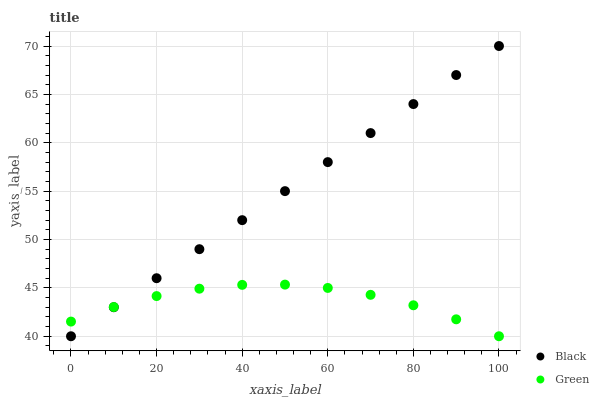
| xaxis_label | Black | Green |
 | --- | --- | --- |
 | 0 | 40 | 41.5 |
 | 10 | 43 | 43 |
 | 20 | 46 | 44.2 |
 | 30 | 49 | 44.9 |
 | 40 | 52 | 45.3 |
 | 50 | 55 | 45.3 |
 | 60 | 58 | 45 |
 | 70 | 61 | 44.3 |
 | 80 | 64 | 43.2 |
 | 90 | 67 | 41.8 |
 | 100 | 70 | 40 |